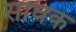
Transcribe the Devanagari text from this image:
साघक